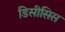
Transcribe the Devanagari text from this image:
डिसीसिस